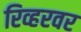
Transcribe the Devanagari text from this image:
रिव्हरवर